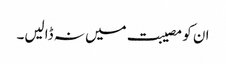
ان کو مصیبت میں نہ ڈالیں۔